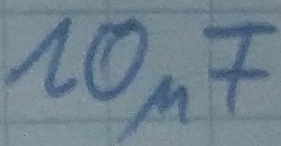
Text: 10µF